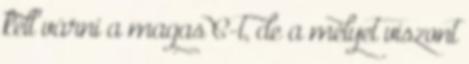
kell várni a magas C-t, de a mélyet viszont